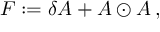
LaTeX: { \cal F } : = \delta { \cal A } + { \cal A } \odot { \cal A } \, ,